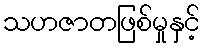
သဟဇာတဖြစ်မှုနှင့်